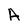
Character: A